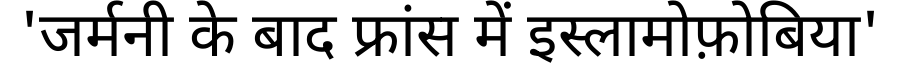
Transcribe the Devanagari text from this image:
'जर्मनी के बाद फ्रांस में इस्लामोफ़ोबिया'